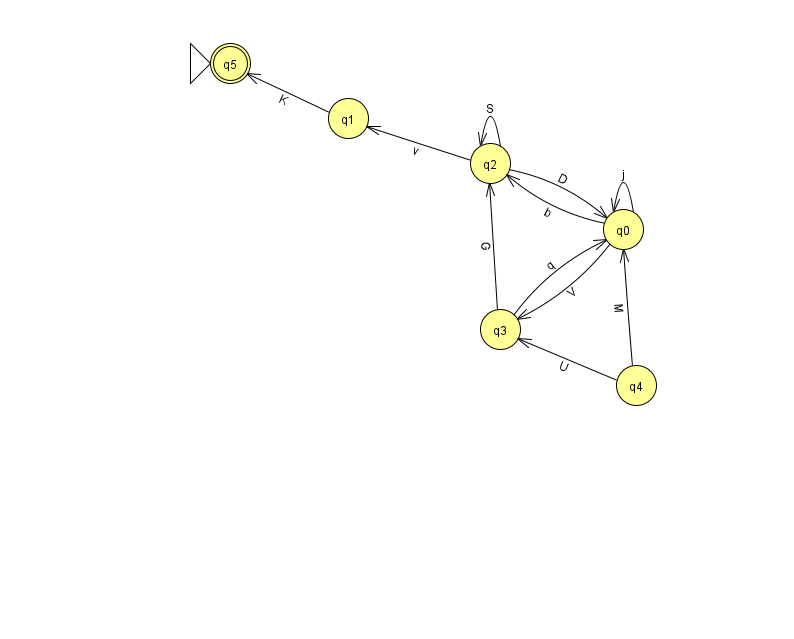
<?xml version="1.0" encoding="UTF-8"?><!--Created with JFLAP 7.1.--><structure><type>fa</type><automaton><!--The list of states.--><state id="0" name="q0"><x>623.0</x><y>216.0</y></state><state id="1" name="q1"><x>348.0</x><y>105.0</y></state><state id="2" name="q2"><x>490.0</x><y>150.0</y></state><state id="3" name="q3"><x>500.0</x><y>316.0</y></state><state id="4" name="q4"><x>636.0</x><y>372.0</y></state><state id="5" name="q5"><x>230.0</x><y>50.0</y><initial/><final/></state><!--The list of transitions.--><transition><from>0</from><to>2</to><read>b</read></transition><transition><from>2</from><to>2</to><read>S</read></transition><transition><from>2</from><to>0</to><read>D</read></transition><transition><from>2</from><to>1</to><read>v</read></transition><transition><from>4</from><to>0</to><read>M</read></transition><transition><from>4</from><to>3</to><read>U</read></transition><transition><from>3</from><to>0</to><read>q</read></transition><transition><from>0</from><to>0</to><read>j</read></transition><transition><from>3</from><to>2</to><read>G</read></transition><transition><from>0</from><to>3</to><read>V</read></transition><transition><from>1</from><to>5</to><read>K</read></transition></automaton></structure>